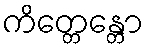
ကိတ္တေန္တော